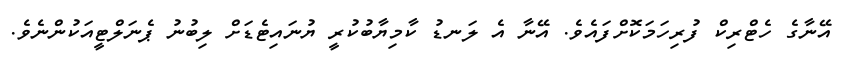
އޭނާގެ ހެޓްރިކް ފުރިހަމަކޮށްފައެވެ. އޭނާ އެ ލަނޑު ކާމިޔާބުކުރީ ޔުނައިޓެޑަށް ލިބުނު ޕެނަލްޓީއަކުންނެވެ.